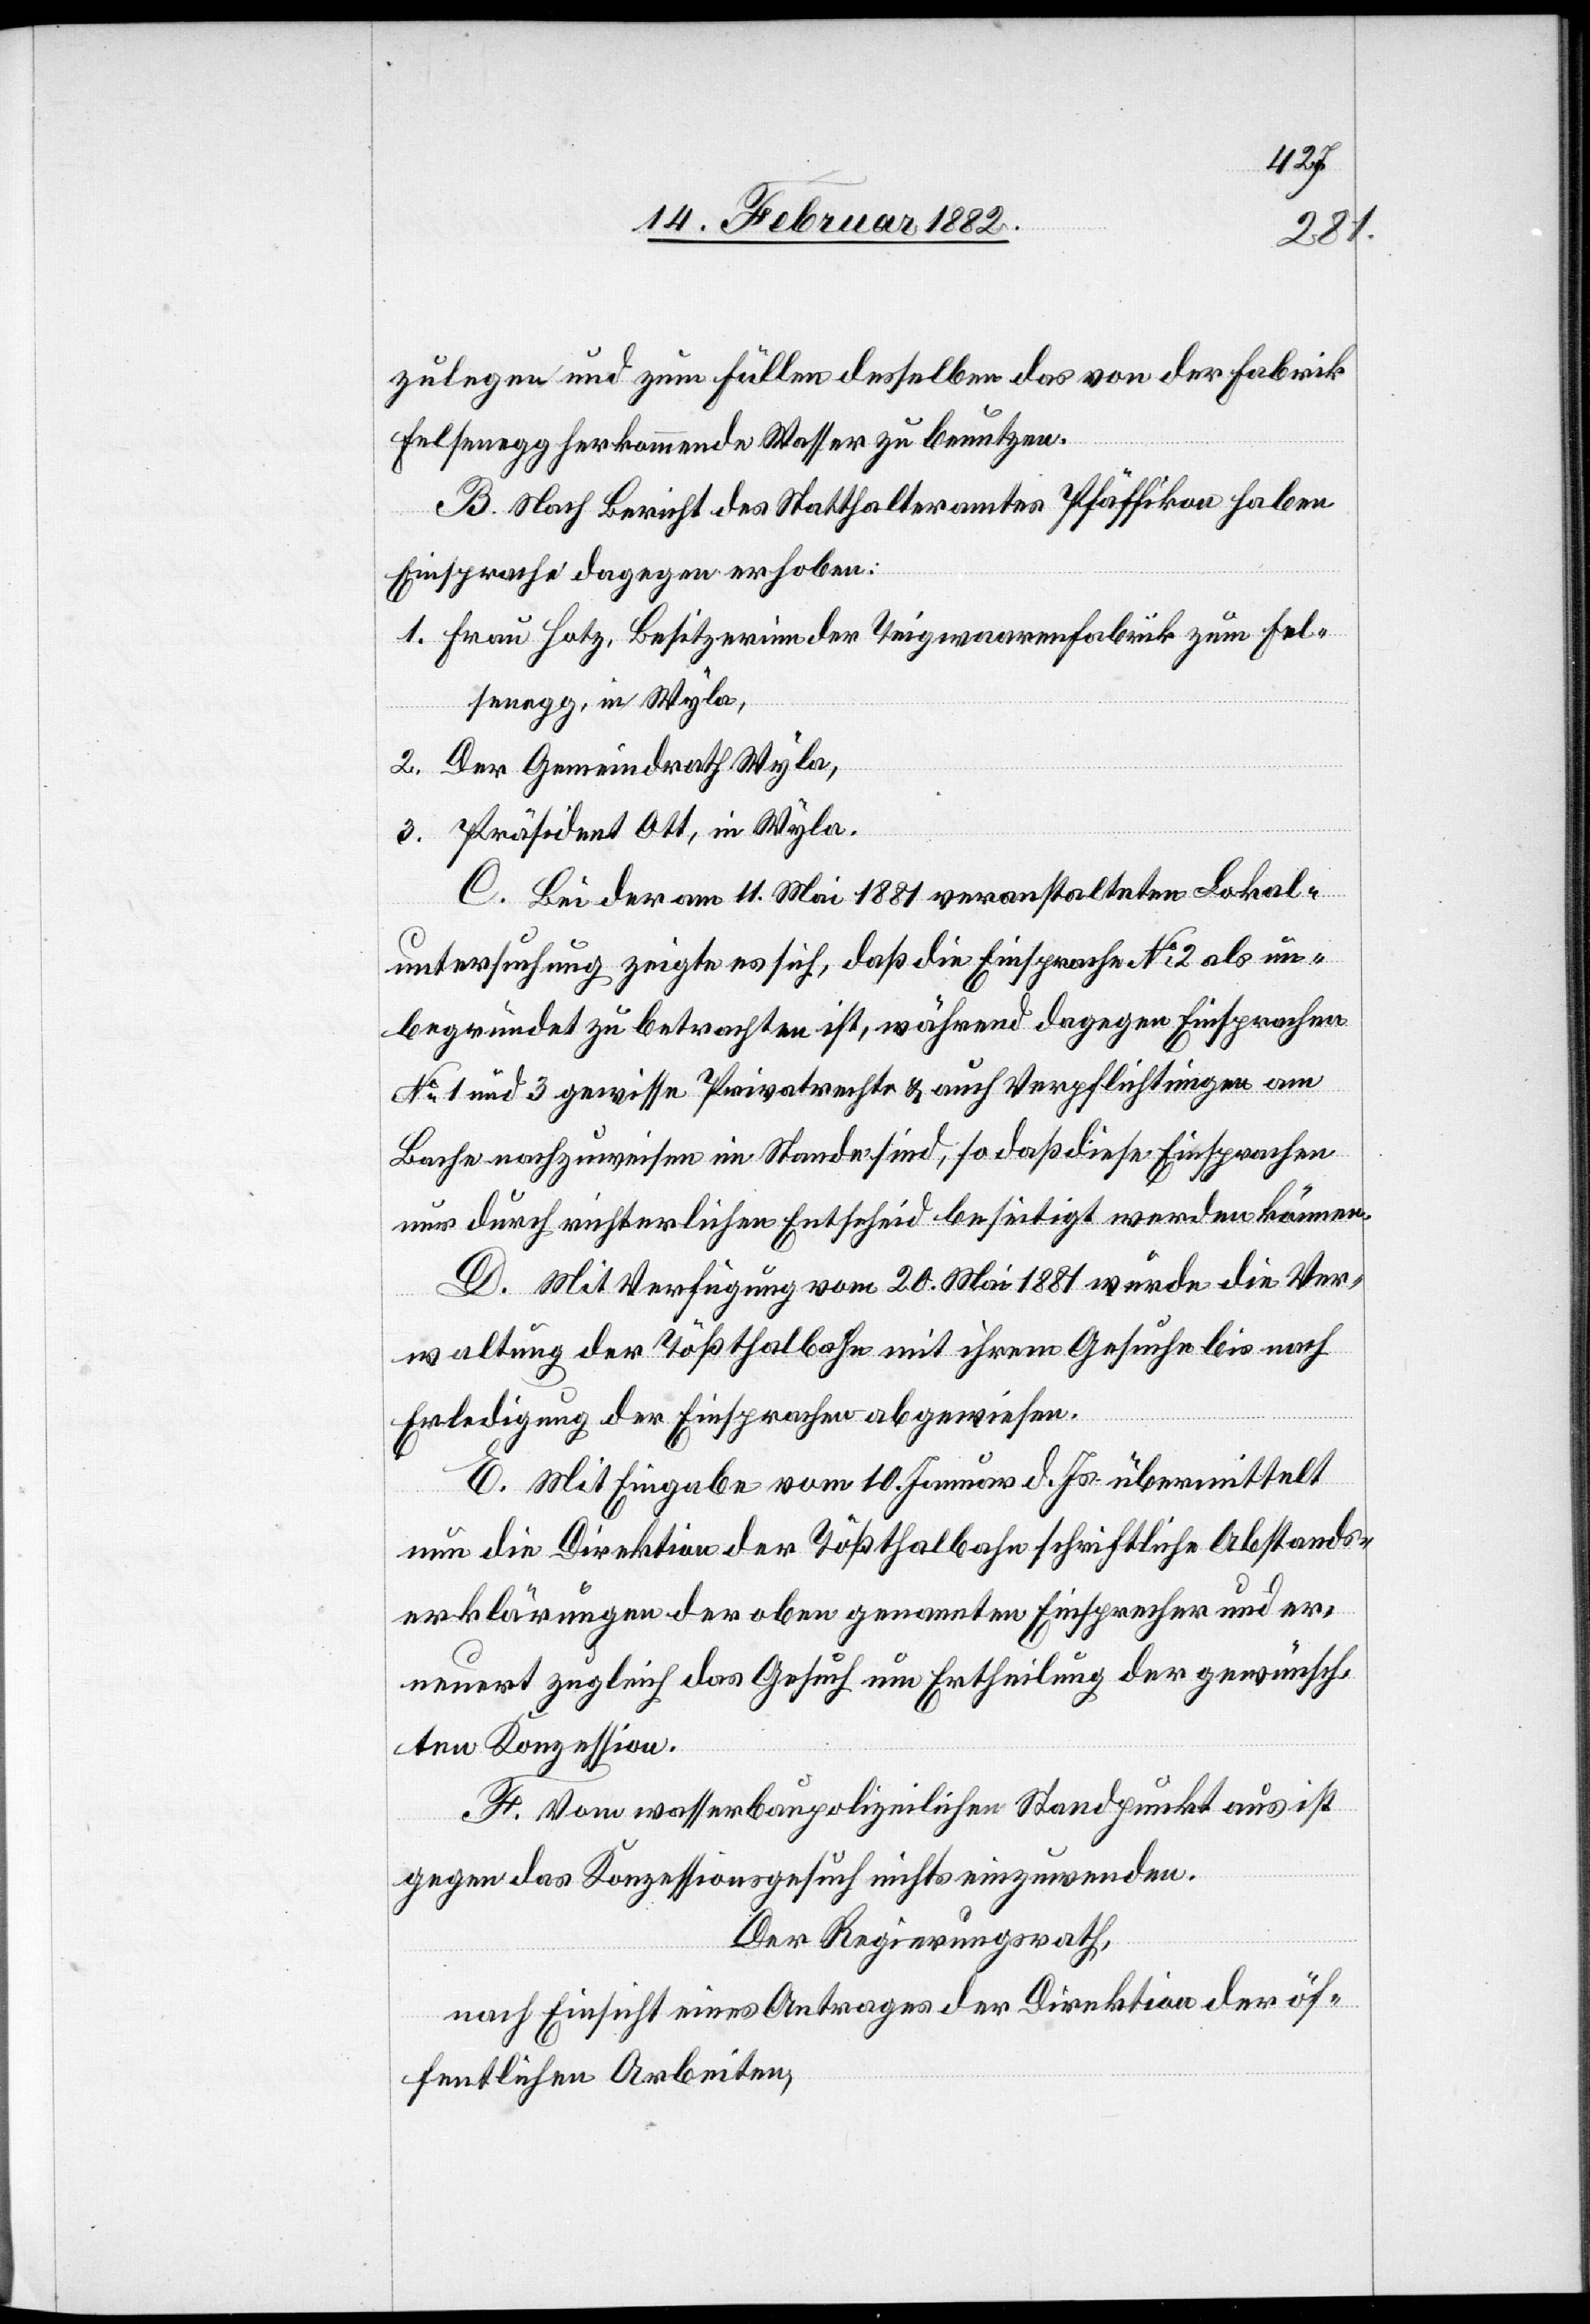
zulegen und zum Füllen desselben das von der Fabrik
Felsenegg herkommende Wasser zu benutzen.
B. nach Bericht des Statthalteramtes Pfäffikon haben
Einsprachen dagegen erhoben:
1. Frau Hotz, Besitzerin der Teigwaarenfabrik zum Fel¬
senegg, in Wyla,
2. Der Gemeindrath Wyla,
3. Präsident Ott, in Wyla.
C. Bei der am 11. Mai 1881 veranstalteten Lokal¬
untersuchung zeigte es sich, daß die Einsprache No 2 als un¬
begründet zu betrachten ist, während dagegen Einsprachen
No 1 und 3 gewisse Privatrechte & auch Verpflichtungen am
Bache nachzuweisen im Stande sind; so daß diese Einsprachen
nur durch richterlichen Entscheid beseitigt werden können.
D. Mit Verfügung vom 20. Mai 1881 würde die Ver¬
waltung der Tößthalbahn mit ihrem Gesuche bis nach
Erledigung der Einsprachen abgewiesen.
E. Mit Eingabe vom 10. Januar d. Js. übermittelt
nun die Direktion der Tößthalbahn schriftlich Abstands¬
erklärungen der oben genannten Einsprachen und er¬
neuert zugleich das Gesuch um Ertheilung der gewünsch¬
ten Konzession.
F. Vom wasserbaupolizeilichen Standpunkt aus ist
gegen das Konzessionsgesuch nichts einzuwenden.
Der Regierungsrath,
nach Einsicht eines Antrages der Direktion der öf¬
fentlichen Arbeiten